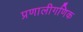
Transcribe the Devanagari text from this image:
प्रणालीगणिक